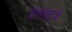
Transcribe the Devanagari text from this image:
टेराहर्ट्ज